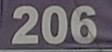
206